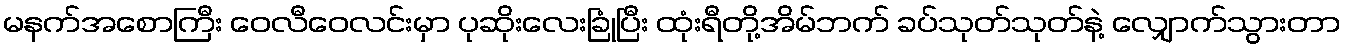
မနက်အစောကြီး ဝေလီဝေလင်းမှာ ပုဆိုးလေးခြုံပြီး ထုံးရီတို့အိမ်ဘက် ခပ်သုတ်သုတ်နဲ့ လျှောက်သွားတာ